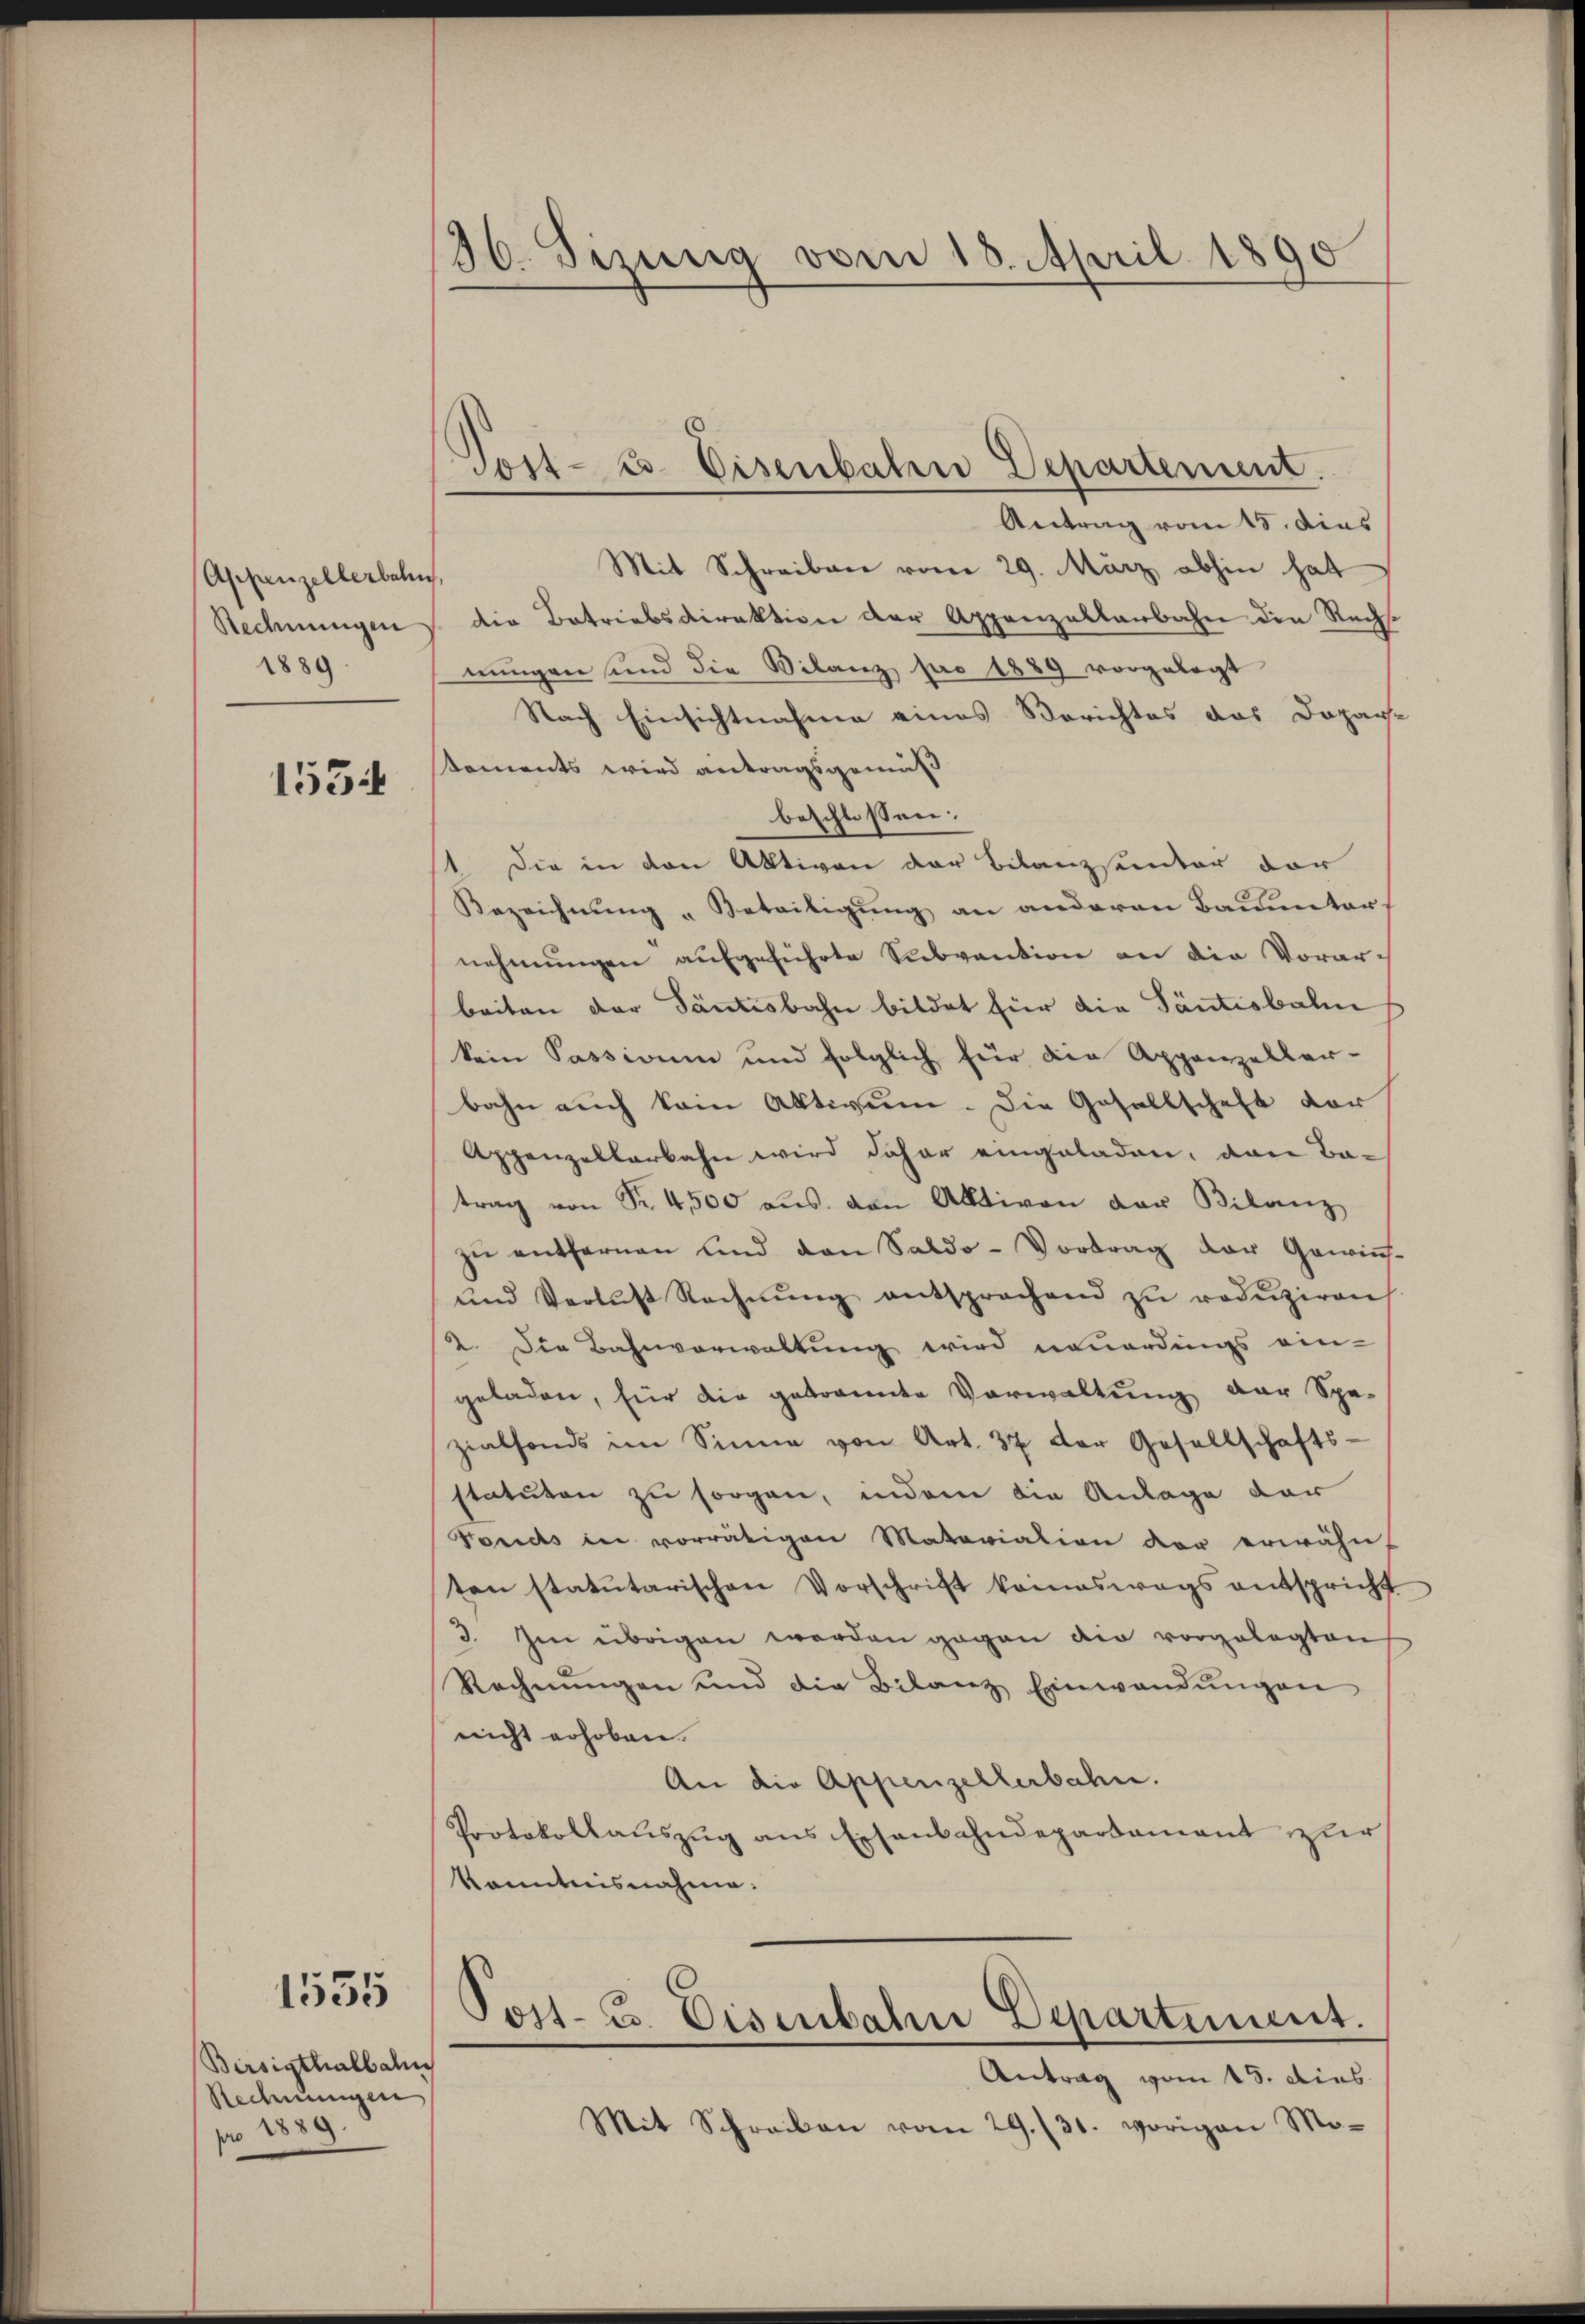
Appenzellerbahn,
1889.

1554

Bersigthalbahn
Rechnungen
pro 1889.

1535

36. Sizung vom 18. April 1890

Antrag vom 15. dies
Mit Schreiben vom 29. März abhin hat
Rechnungen die Betriebsdirektion der Appenzeltenbahn den Rechsnungen sind die Bilanz pro 1889 vorgelegt
Nach Einsichtnahme eines Berichtes das Dopar-
Koments wird antragsgemäß
beschlossen:
Die in den Aktiven der Bilanzsemter der
Bezeichnung "Beteiligung an anderen Bauunters
nehmŭngen aŭfgeführte Subvention an die Vorarbeiten der Säntisbahn bildet für die Tantisbal
kein Passivum und folglich für die Appenzeller-
bahn auch vom Aktiven. Die Gesellschaft vor
Appenzellarbahn wird daher eingeladen, das Batrag von Fr. 4500 aŭs. von Aktiven der Bilanz
zŭ entfernen und den Saldo-Vortrag der Gewin-
und Verlust Rechnŭng entsprochend zŭ redŭziren
2. Die Bahnverwaltung wird neuerdings ein-
geladen, für die getrannte Vorwaltung der Spe-
zialfonds im Sinne von Art. 37 der Gesellschafts-
statuten zu sorgen, indem die Anlage dar
Fonds in vorrätigen Matariation der erwähn-
ten statutarischen Vorschrift keineswegs entspricht
3. Im übrigen werden gegen die vorgelegten
Rechnŭngen und die Bilanz Einwandŭngen
nicht erhoben.
An die Appenzellerbahn.
Protokollauszug aus Eisenbahndepartament zur
Kenntnisnahme:

Tost- u. Eisenbahne Departement.

Post- u. Eisenbahn Departiment.

Antrag vom 15. dies
Mit Schreiben vom 29./31. vorigen Mo-